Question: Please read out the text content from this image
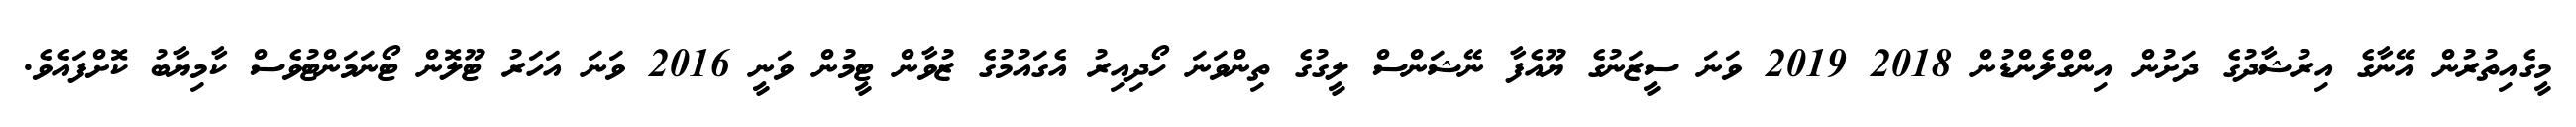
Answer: މީގެއިތުރުން އޭނާގެ އިރުޝާދުގެ ދަށުން އިންގްލެންޑުން 2018 2019 ވަނަ ސީޒަނުގެ ޔޫއެފާ ނޭޝަންސް ލީގުގެ ތިންވަނަ ހޯދިއިރު އެގައުމުގެ ޒުވާން ޓީމުން ވަނީ 2016 ވަނަ އަހަރު ޓޫލޮން ޓޯނަމަންޓުވެސް ކާމިޔާބު ކޮށްފައެވެ.